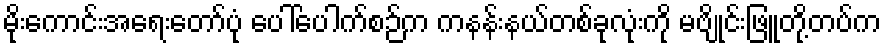
မိုးကောင်းအရေးတော်ပုံ ပေါ်ပေါက်စဉ်က ကနန်းနယ်တစ်ခုလုံးကို မဗျိုင်းဖြူတို့တပ်က